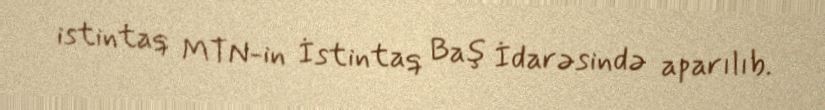
istintaq MTN-in İstintaq Baş İdarəsində aparılıb.